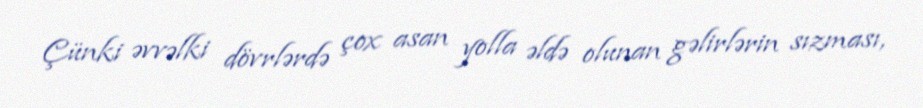
Çünki əvvəlki dövrlərdə çox asan yolla əldə olunan gəlirlərin sızması,